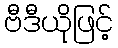
ဗီဒီယိုဖြင့်